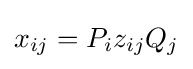
x_{ij}=P_{i}z_{ij}Q_{j}